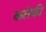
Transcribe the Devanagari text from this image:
कलेकी